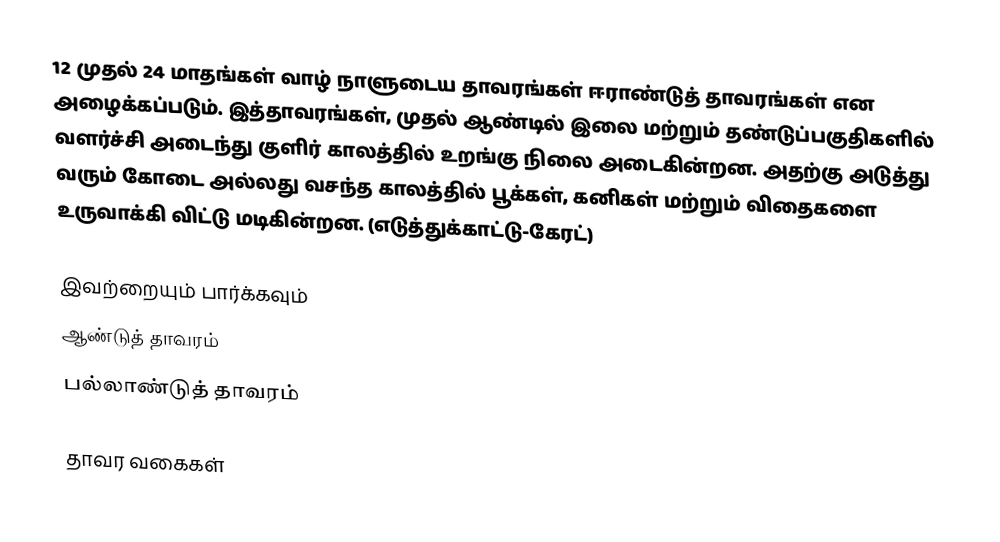
12 முதல் 24 மாதங்கள் வாழ் நாளுடைய தாவரங்கள் ஈராண்டுத் தாவரங்கள் என அழைக்கப்படும். இத்தாவரங்கள், முதல் ஆண்டில் இலை மற்றும் தண்டுப்பகுதிகளில் வளர்ச்சி அடைந்து குளிர் காலத்தில் உறங்கு நிலை அடைகின்றன. அதற்கு அடுத்து வரும் கோடை அல்லது வசந்த காலத்தில் பூக்கள், கனிகள் மற்றும் விதைகளை உருவாக்கி விட்டு மடிகின்றன. (எடுத்துக்காட்டு-கேரட்)

இவற்றையும் பார்க்கவும்
 ஆண்டுத் தாவரம்
 பல்லாண்டுத் தாவரம்

தாவர வகைகள்